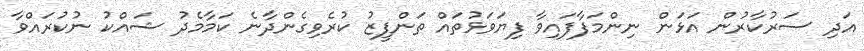
އަދި ސަރުކާރުން އަޅަން ނިންމަފާފައިވާ ފިޔަވަޅުތައް ތަންފީޒު ކުރެވިގެންދާނެ ކަމާމެދު ޝައްކު ނުކުރައްވާ